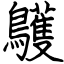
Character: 鸌